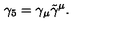
\gamma _ { 5 } = \gamma _ { \mu } \tilde { \gamma } ^ { \mu } .